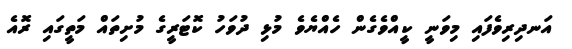
އަނދިރިވެފައި މިވަނީ ކީއްވެގެން ހެއްޔެވެ މުޅި ދުވަހު ކޮޓަރީގެ މުށިތައް މަތީގައި ރޮއެ